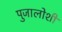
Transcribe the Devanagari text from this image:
पुजालोशी